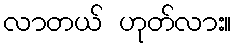
လာတယ် ဟုတ်လား။